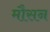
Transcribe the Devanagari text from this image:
मौसन